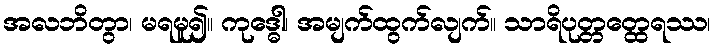
အလဘိတွာ၊ မရမူ၍။ ကုဒ္ဓေါ၊ အမျက်ထွက်လျက်။ သာရိပုတ္တတ္ထေရဿ၊